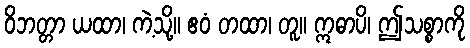
ဝိဘတ္တာ ယထာ၊ ကဲ့သို့။ ဧဝံ တထာ၊ တူ။ ဣဓာပိ၊ ဤသစ္စာကို